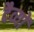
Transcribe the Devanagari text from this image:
दैव्यों